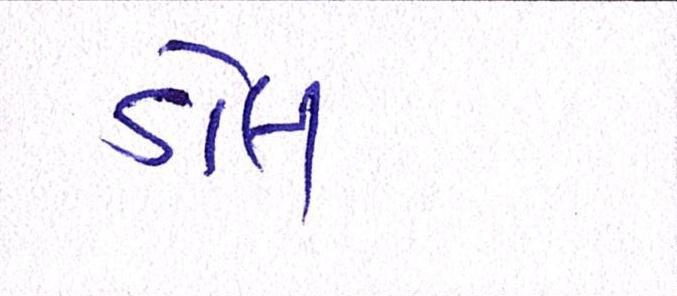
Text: ડોલ